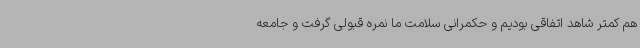
هم کمتر شاهد اتفاقی بودیم و حکمرانی سلامت ما نمره قبولی گرفت و جامعه